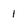
Character: 1